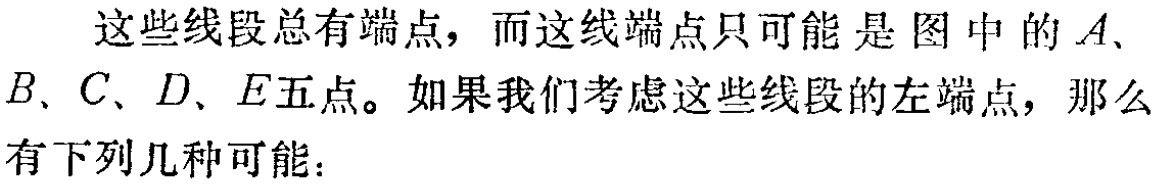
这些线段总有端点，而这线端点只可能是图中的\(A\)、\(B\)、\(C\)、\(D\)、\(E\)五点。如果我们考虑这些线段的左端点，那么有下列几种可能：